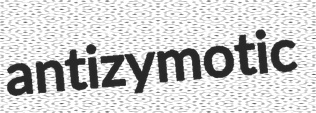
antizymotic